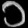
Digit: ၁